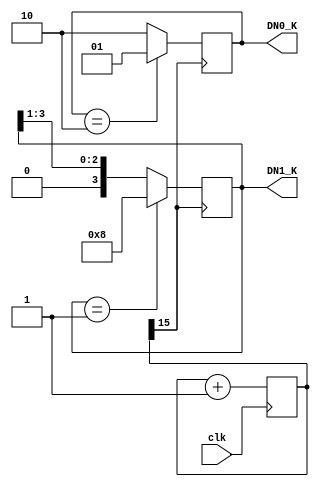
`timescale 1ns / 1ps
//////////////////////////////////////////////////////////////////////////////////
// Company: 
// Engineer: 
// 
// Design Name: 
// Module Name: StroboFlash
// Project Name: 
// Target Devices: 
// Tool Versions: 
// Description: 
// 
// Dependencies: 
// 
// Revision:
// Revision 0.01 - File Created
// Additional Comments:
// 
//////////////////////////////////////////////////////////////////////////////////


module StroboFlash #(parameter WIDTH = 16)
(
    input            clk,    //
    output reg [3:0] DN1_K,  //
    output reg [1:0] DN0_K   //
);

reg [WIDTH-1:0]counter;
initial begin
    counter <= 0;
    DN1_K <= 4'b1000;
    DN0_K <= 2'b10;
end
//counter
always @(posedge clk) counter <= counter +1;
//counterDN0_KDN1_K
always @(posedge counter[WIDTH-1]) begin
    if (DN1_K == 4'b0001)  DN1_K <= 4'b1000;
    else DN1_K <= DN1_K >> 1;
    if (DN0_K == 2'b10)  DN0_K <= 2'b01;
    else DN0_K <= 2'b10;
end
endmodule